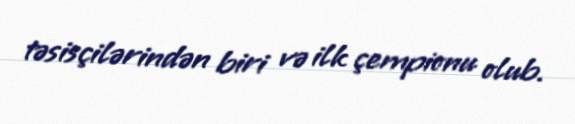
təsisçilərindən biri və ilk çempionu olub.